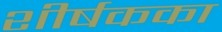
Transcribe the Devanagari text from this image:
शीर्षकका